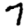
Digit: 7